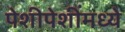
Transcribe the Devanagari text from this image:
पेशीपेशींमध्ये